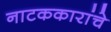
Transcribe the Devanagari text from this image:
नाटककारांचे